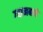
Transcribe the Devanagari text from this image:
ग्यानबाचे